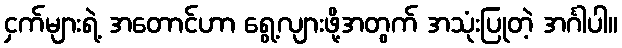
ငှက်များရဲ့ အတောင်ဟာ ရွေ့လျားဖို့အတွက် အသုံးပြုတဲ့ အင်္ဂါပါ။